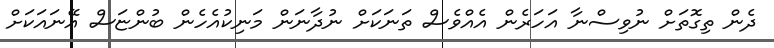
ދެން ތިގޮތަށް ނުވިސްނާ އަހަރެން އެއްވެސް ތަނަކަށް ނުދާނަން މަނިކުއެހެން ބުންޏަސް އޭނައަކަށް